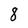
Character: 8